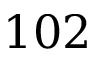
1 0 2